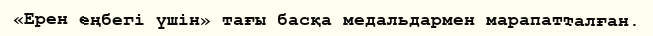
«Ерен еңбегі үшін» тағы басқа медальдармен марапатталған.